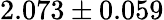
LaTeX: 2.073\pm 0.059